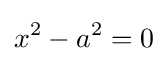
x^{2}-a^{2}=0